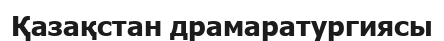
Қазақстан драмаратургиясы